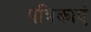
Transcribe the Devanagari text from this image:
पत्रिकाएं